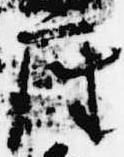
座